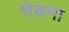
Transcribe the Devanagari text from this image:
भेकमा